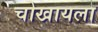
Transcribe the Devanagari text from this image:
चोखायला